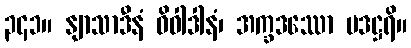
၃၄၁။ နျာသာဒီနံ ဝိဝါဒါနံ၊ အက္ခဒဿော ပဒဋ္ဌရိ။